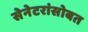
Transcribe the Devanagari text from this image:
सेनेटरांसोबत